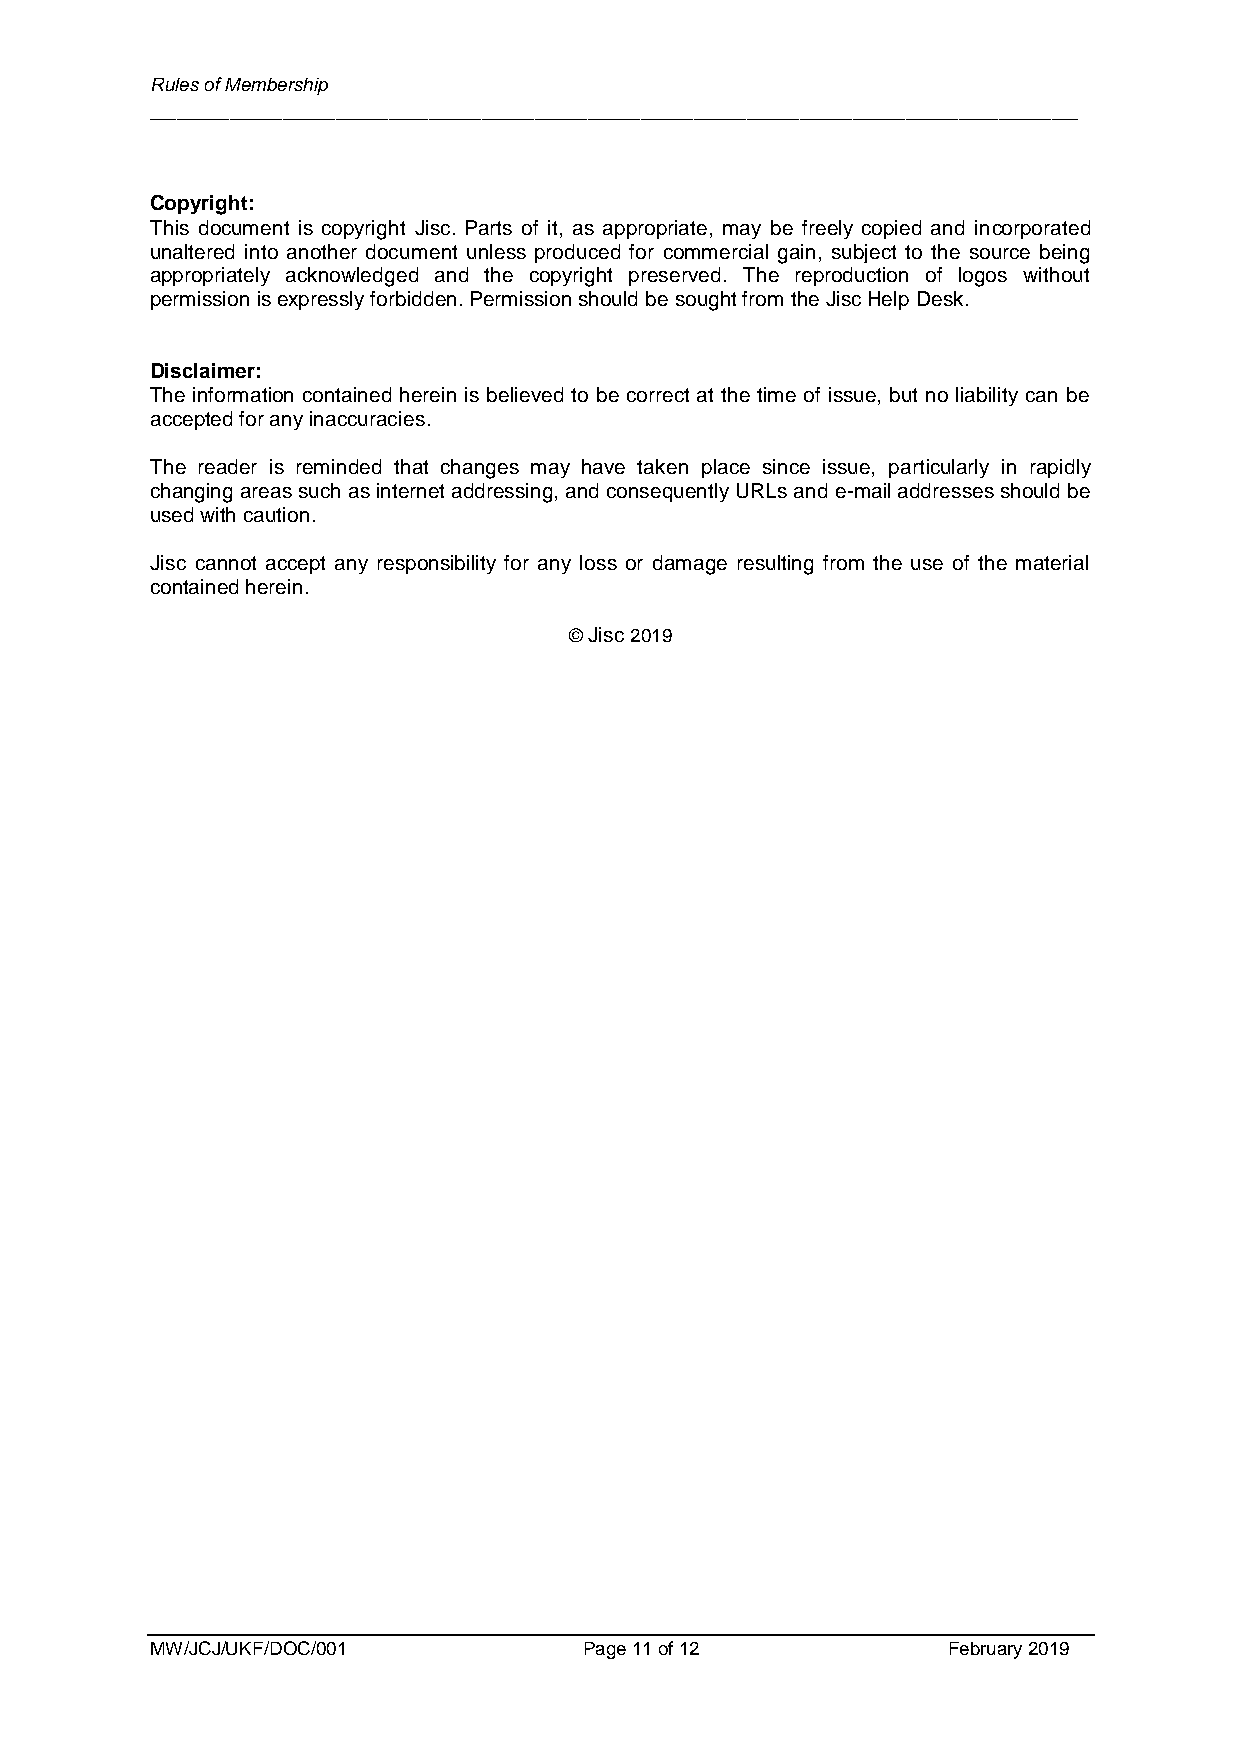
Rules of Membership
 ______________________________________________________________________
 Copyright:
 This document is copyright Jisc. Parts of it, as appropriate, may be freely copied and incorporated
 unaltered into another document unless produced for commercial gain, subject to the source being
 appropriately acknowledged and the copyright preserved. The reproduction of logos without
 permission is expressly forbidden. Permission should be sought from the Jisc Help Desk.
 Disclaimer:
 The information contained herein is believed to be correct at the time of issue, but no liability can be
 accepted for any inaccuracies.
 The reader is reminded that changes may have taken place since issue, particularly in rapidly
 changing areas such as internet addressing, and consequently URLs and e-mail addresses should be
 used with caution.
 Jisc cannot accept any responsibility for any loss or damage resulting from the use of the material
 contained herein.
 © Jisc 2019
 MW/JCJ/UKF/DOC/001           Page 11 of 12           February 2019